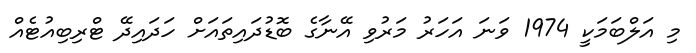
މި އަލްބަމަކީ 1974 ވަނަ އަހަރު މަރުވި އޭނާގެ ބޮޑުދައިތައަށް ހަދައިދޭ ޓްރިބިއުޓެއް